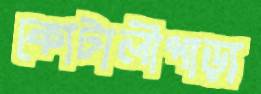
কোটালীপাড়া